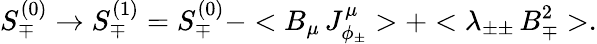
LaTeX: S_{\mp}^{(0)}\rightarrow S_{\mp}^{(1)}=S_{\mp}^{(0)}-<B_{\mu}\, J_{\phi_{\pm}}^{\mu}>+<\lambda_{\pm\pm}\, B_{\mp}^{2}>.